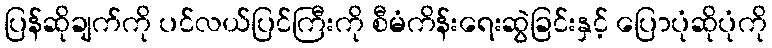
ပြန်ဆိုချက်ကို ပင်လယ်ပြင်ကြီးကို စီမံကိန်းရေးဆွဲခြင်းနှင့် ပြောပုံဆိုပုံကို